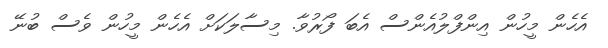
އެހެން މީހުން އިންފްލުއެންސް އެބަ ފޯރުވާ. މިސާލަކަށް އެހެން މީހުން ވެސް ބުނޭ